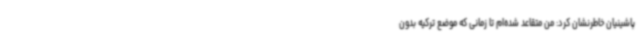
پاشینیان خاطرنشان کرد: من متقاعد شده‌ام تا زمانی که موضع ترکیه بدون